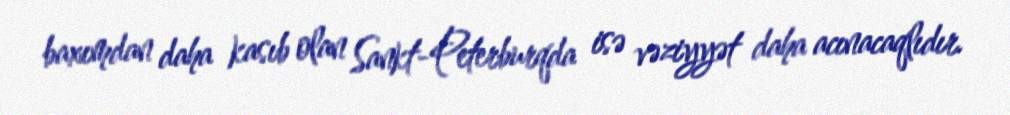
baxımdan daha kasıb olan Sankt-Peterburqda isə vəziyyət daha acınacaqlıdır.